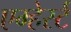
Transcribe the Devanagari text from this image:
एम्हेर्स्ट